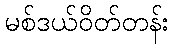
မစ်ဒယ်ဝိတ်တန်း